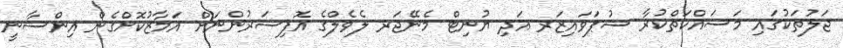
ޖަލުތަކުގައި މަސައްކަތްކުރާ ސުޕަވައިޒަރ އަދި ޔުނިޓް މެނޭޖަރ ލެވެލްގެ އޮފިސަރުންނަށް އަމާޒުކޮށްގެން އިންސާނީ